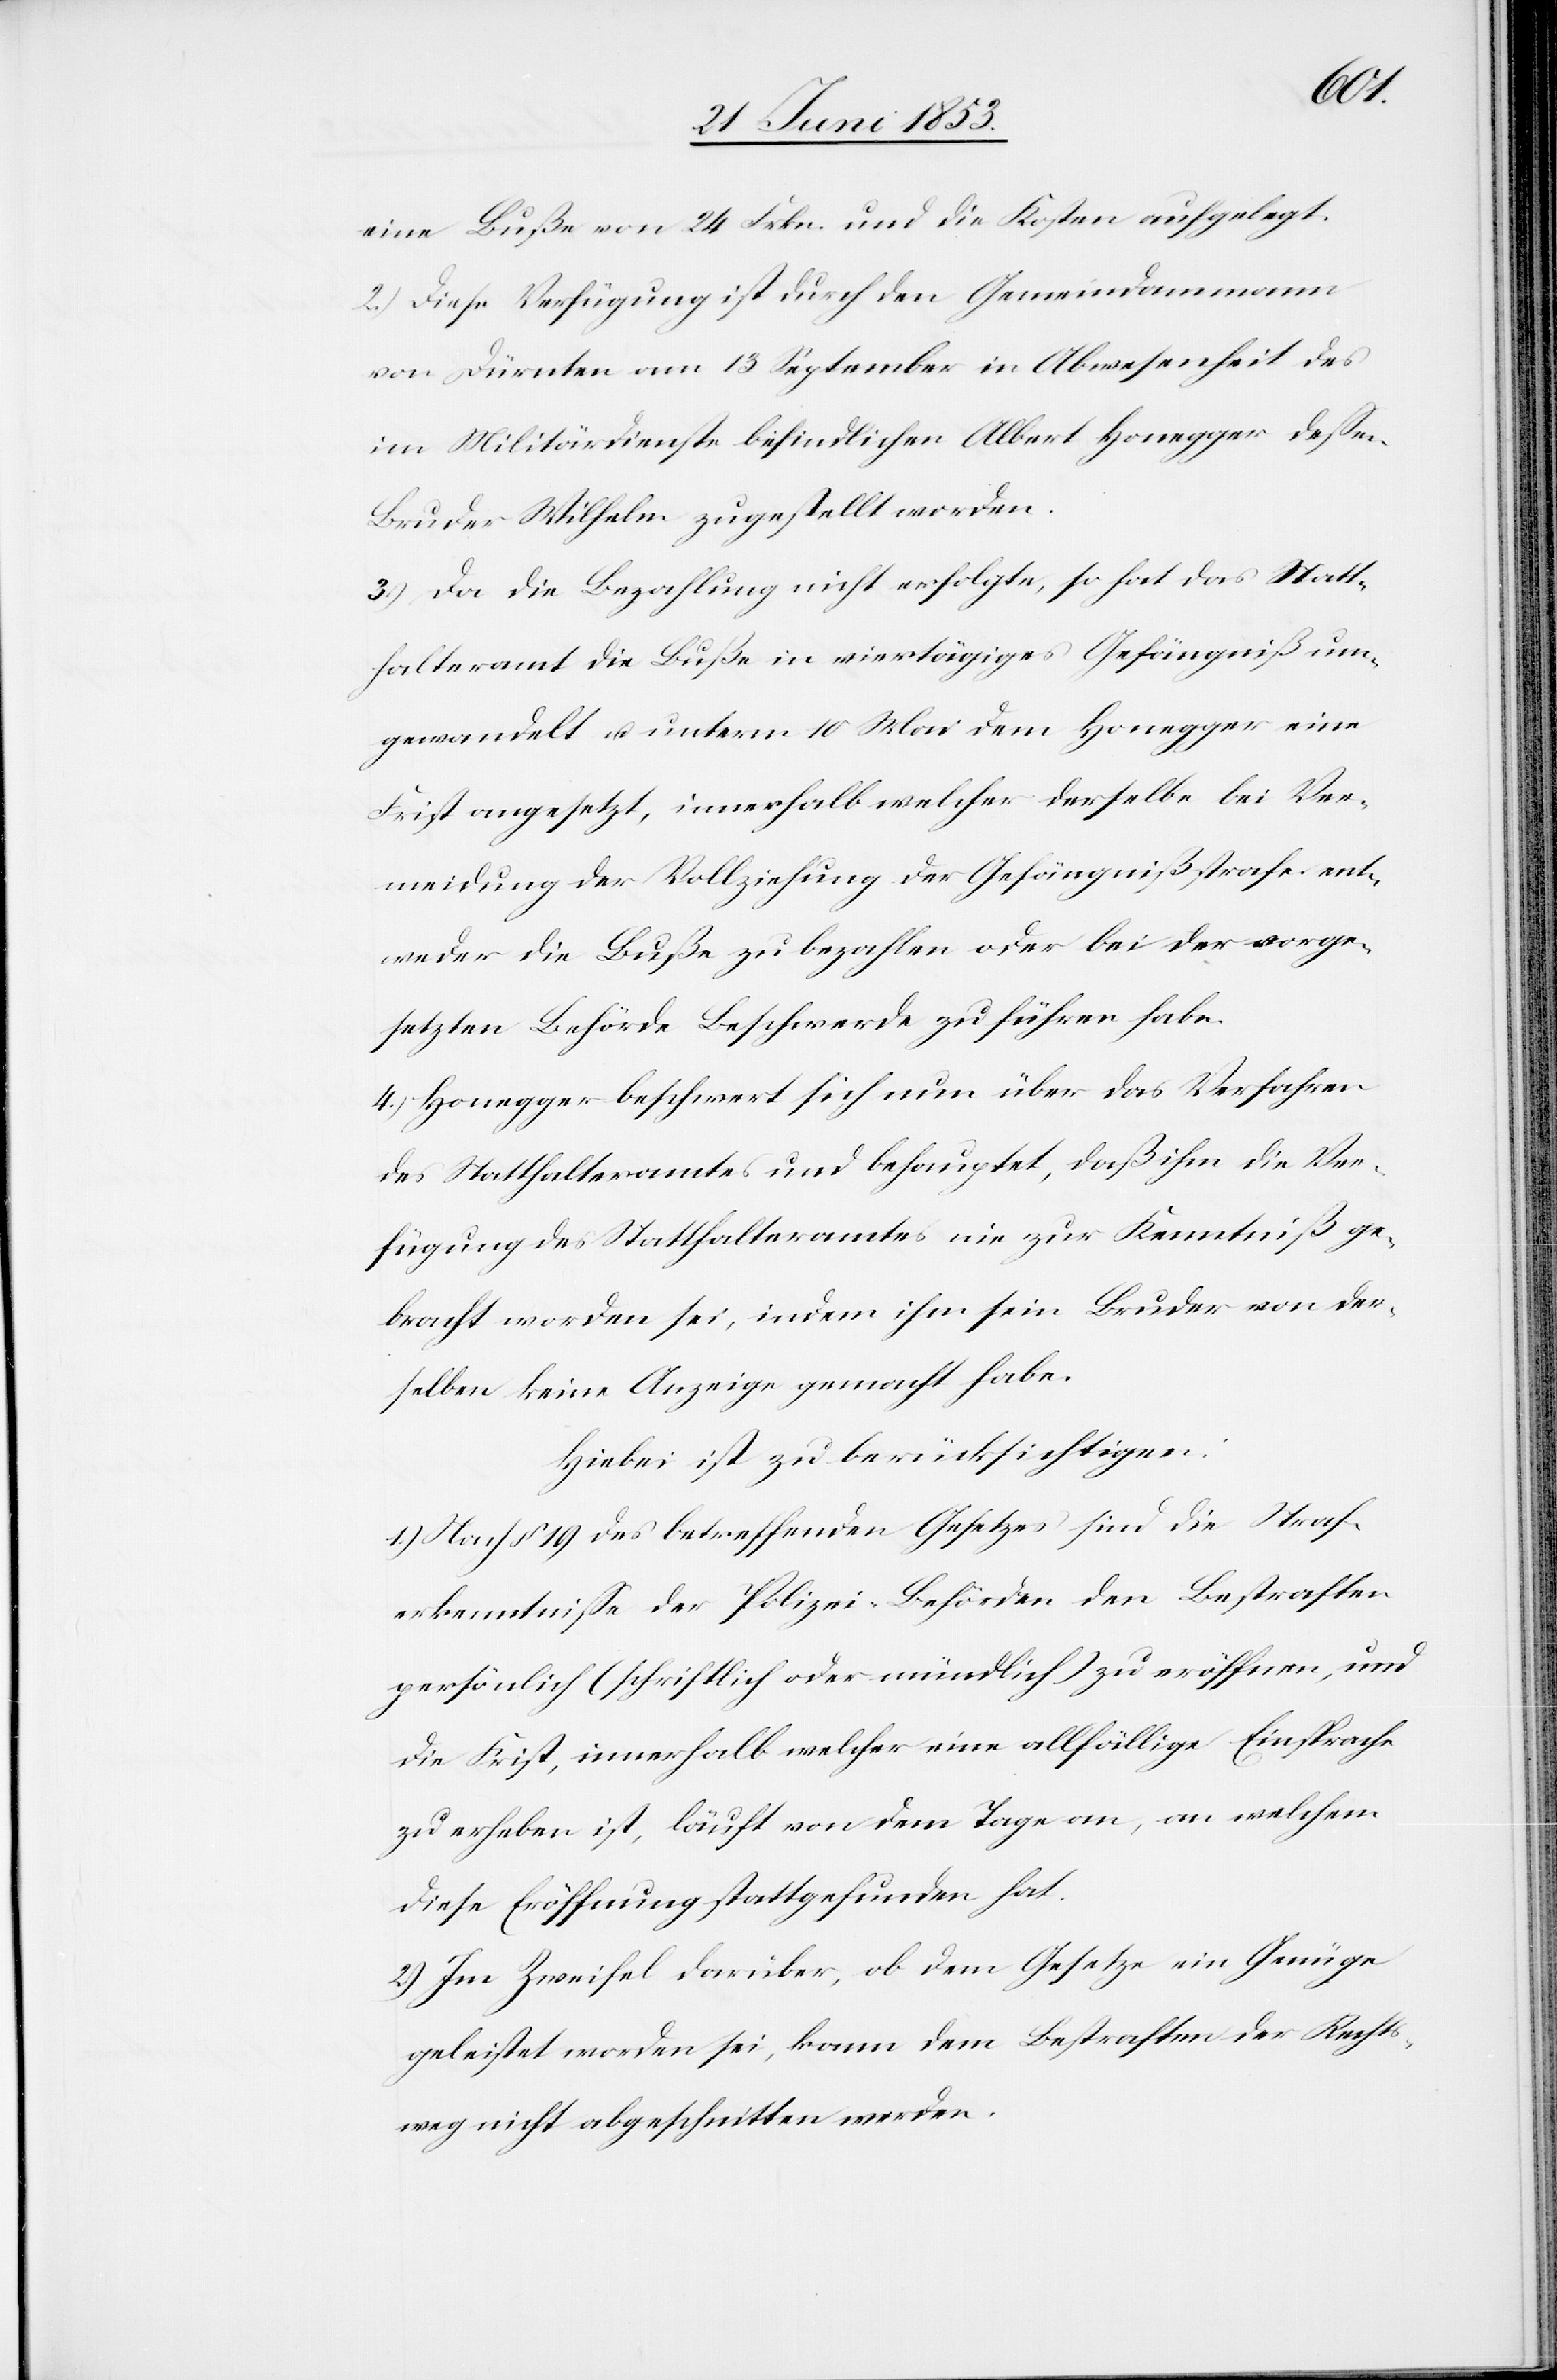
eine Buße von 24 Frkn. und die Kosten aufgelegt.
2.) Diese Verfügung ist durch den Gemeindammann
von Dürnten am 13 September in Abwesenheit des
im Militärdienste befindlichen Albert Honegger deßen
Bruder Wilhelm zugestellt worden.
3.) Da die Bezahlung nicht erfolgte, so hat das Statt¬
halteramt die Buße in viertägiges Gefängniß um¬
gewandelt u. unterm 10 Mai dem Honegger eine
Frist angesetzt, innerhalb welcher derselbe bei Ver¬
meidung der Vollziehung der Gefängnißstrafe ent¬
weder die Buße zu bezahlen oder bei der vorge¬
setzten Behörde Beschwerde zu führen habe.
4.) Honegger beschwert sich nun über das Vergehen
des Statthalteramtes und behauptet, daß ihm die Ver¬
fügung des Statthalteramtes nie zur Kenntniß ge¬
bracht worden sei, indem ihm sein Bruder von der¬
selben keine Anzeige gemacht habe.
Hiebei ist zu berücksichtigen:
1.) Nach § 19 des betreffenden Gesetzes sind die Straf¬
erkenntniße der Polizei-Behörden den Bestraften
persönlich (schriftlich oder mündlich) zu eröffnen, und
die Frist, innerhalb welcher eine allfällige Einsprache
zu erheben ist, läuft von dem Tage an, an welchem
diese Eröffnung stattgefunden hat.
2.) Im Zweifel darüber, ob dem Gesetze ein Genüge
geleistet worden sei, kann dem Bestraften der Rechts¬
weg nicht abgeschnitten werden.